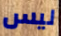
ليس